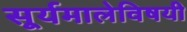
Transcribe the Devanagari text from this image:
सूर्यमालेविषयी